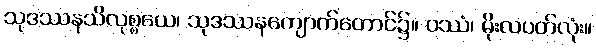
သုဒဿနသိလုစ္စယေ၊ သုဒဿနကျောက်တောင်၌။ ဝဿံ၊ မိုးလပတ်လုံး။